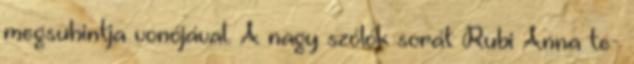
megsuhintja vonójával. A nagy szólók sorát Rubi Anna te-